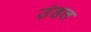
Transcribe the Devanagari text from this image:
उंडल